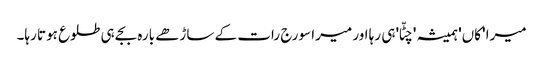
میرا 'کاں' ہمیشہ 'چٹّا' ہی رہا اور میرا سورج رات کے ساڑھے بارہ بجے ہی طلوع ہوتا رہا۔